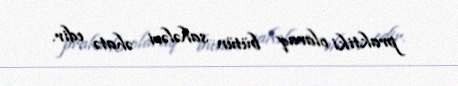
praktiki olaraq bütün sahələri əhatə edir.